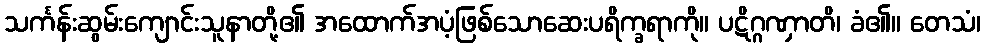
သင်္ကန်းဆွမ်းကျောင်းသူနာတို့၏ အထောက်အပံ့ဖြစ်သောဆေးပရိက္ခရာကို။ ပဋိဂ္ဂဏှာတိ၊ ခံ၏။ တေသံ၊